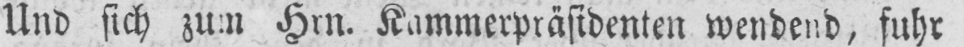
Und sich zum Hrn. Kammerpräsidenten wendend, fuhr